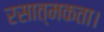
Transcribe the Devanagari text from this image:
रसात्मकता।